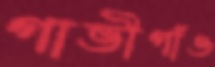
গাভীগাঁও